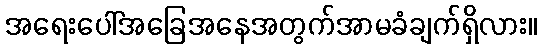
အရေးပေါ်အခြေအနေအတွက်အာမခံချက်ရှိလား။